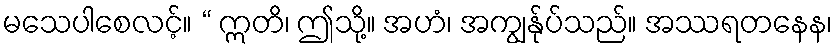
မသေပါစေလင့်။ “ ဣတိ၊ ဤသို့။ အဟံ၊ အကျွန်ုပ်သည်။ အဿရတနေန၊